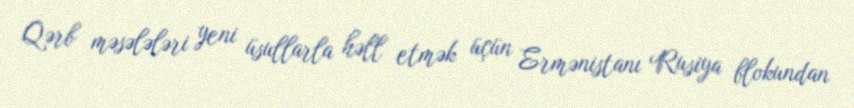
Qərb məsələləri yeni üsullarla həll etmək üçün Ermənistanı Rusiya blokundan